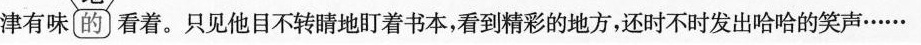
津有味(的}看着。只见他目不转睛地盯着书本，看到精彩的地方，还时不时发出哈哈的笑声……